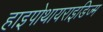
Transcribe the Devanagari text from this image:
हाइपोथायराइडिज्म